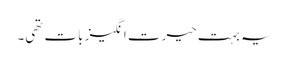
یہ بہت حیرت انگیز بات تھی۔